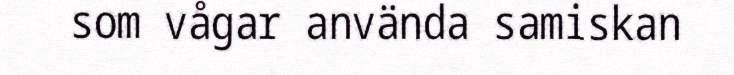
som vågar använda samiskan